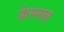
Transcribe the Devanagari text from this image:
फ्रेस्नल